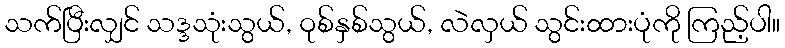
သက်ပြီးလျှင် သဒ္ဒသုံးသွယ်, ဝုစ်နှစ်သွယ်, လဲလှယ် သွင်းထားပုံကို ကြည့်ပါ။